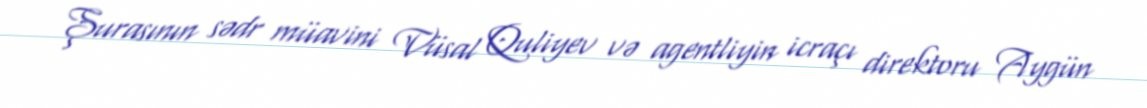
Şurasının sədr müavini Vüsal Quliyev və agentliyin icraçı direktoru Aygün